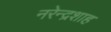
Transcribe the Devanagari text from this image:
नरेन्द्रशाह